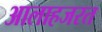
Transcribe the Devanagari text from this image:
आलाहजरत